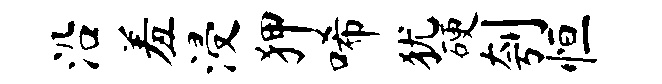
沿羞浸狎唏犹硬刳恒